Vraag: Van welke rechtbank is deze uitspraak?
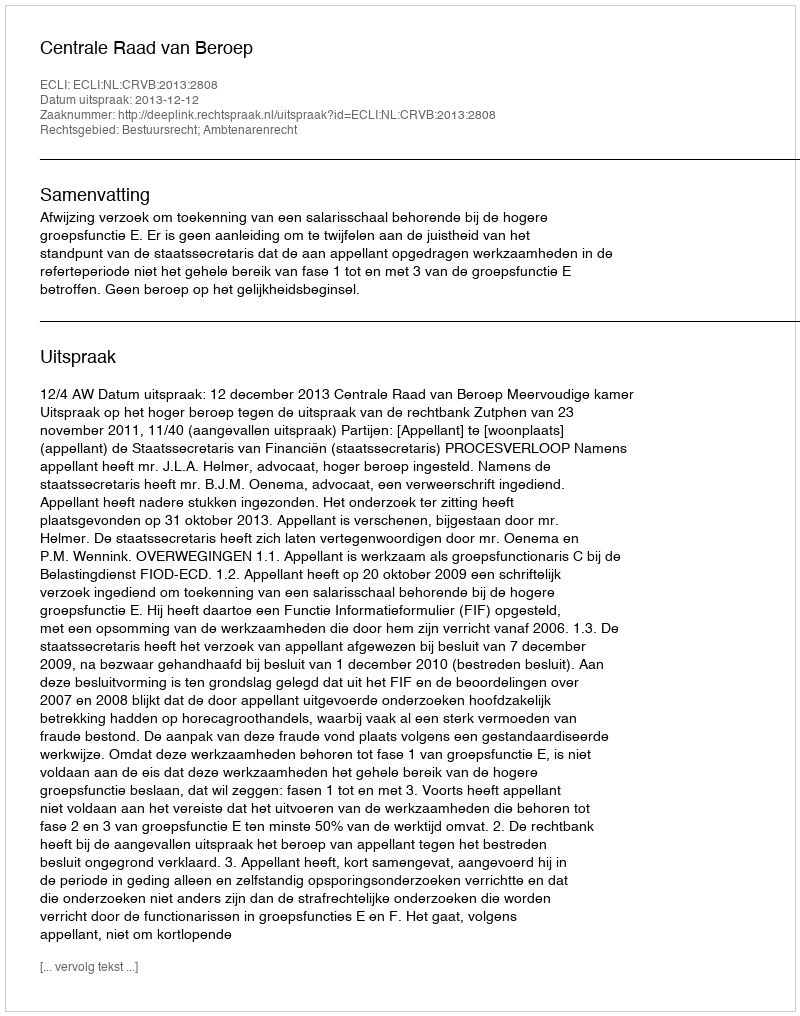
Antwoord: Centrale Raad van Beroep